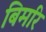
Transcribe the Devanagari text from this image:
बिमरि